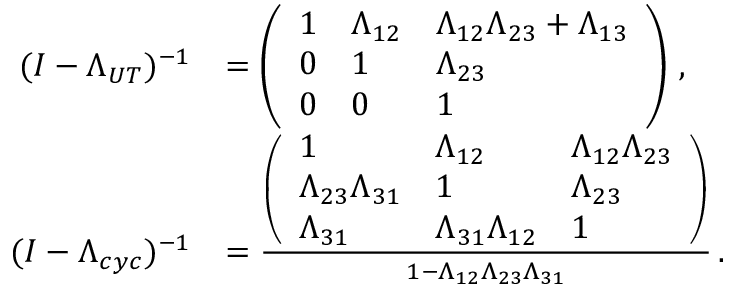
\begin{array} { r l } { ( I - \Lambda _ { U T } ) ^ { - 1 } } & { = \left( \begin{array} { l l l } { 1 } & { \Lambda _ { 1 2 } } & { \Lambda _ { 1 2 } \Lambda _ { 2 3 } + \Lambda _ { 1 3 } } \\ { 0 } & { 1 } & { \Lambda _ { 2 3 } } \\ { 0 } & { 0 } & { 1 } \end{array} \right) \, , } \\ { \medskip ( I - \Lambda _ { c y c } ) ^ { - 1 } } & { = \frac { \left( \begin{array} { l l l } { 1 } & { \Lambda _ { 1 2 } } & { \Lambda _ { 1 2 } \Lambda _ { 2 3 } } \\ { \Lambda _ { 2 3 } \Lambda _ { 3 1 } } & { 1 } & { \Lambda _ { 2 3 } } \\ { \Lambda _ { 3 1 } } & { \Lambda _ { 3 1 } \Lambda _ { 1 2 } } & { 1 } \end{array} \right) } { 1 - \Lambda _ { 1 2 } \Lambda _ { 2 3 } \Lambda _ { 3 1 } } \, . } \end{array}